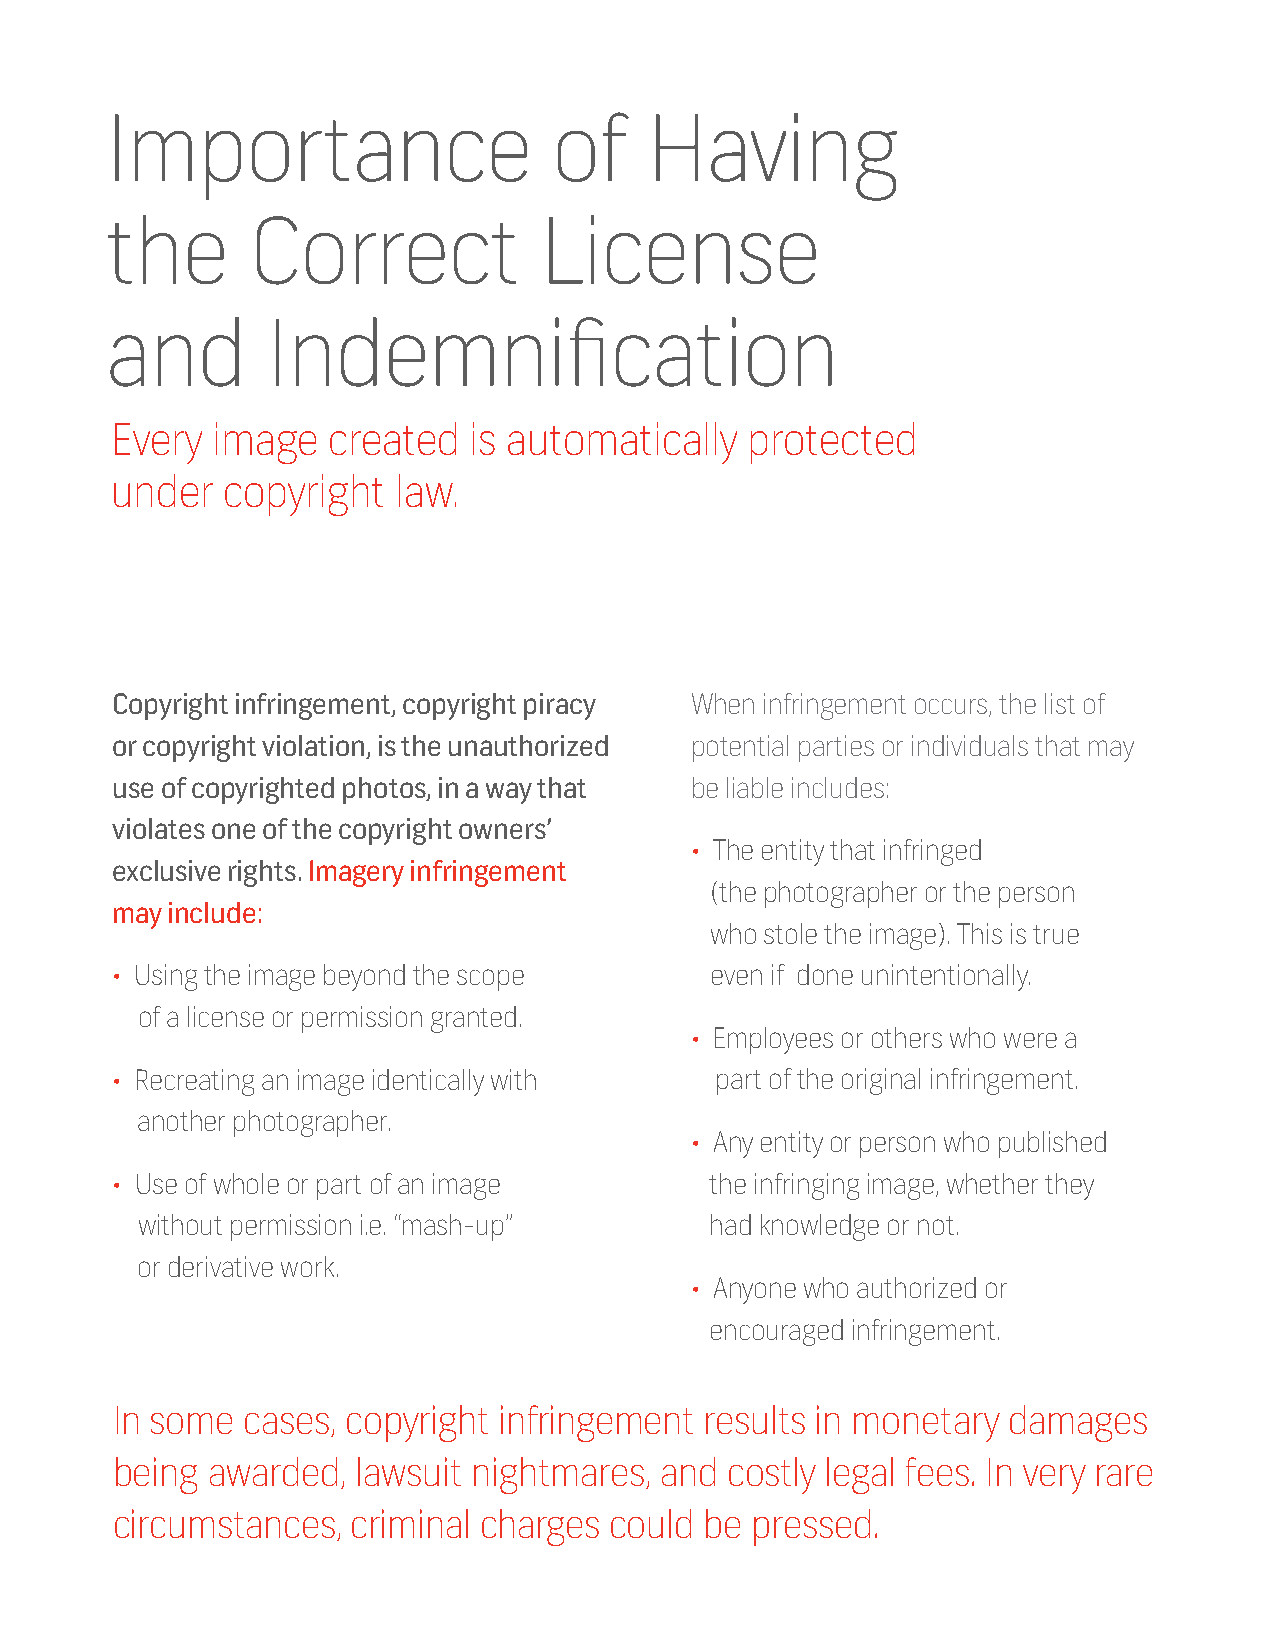
Importance                    of    Having
 the      Correct             License
 and        Indemnification
 Every  image   created  is automatically   protected
 under   copyright  law.
 Copyright infringement, copyright piracy When infringement occurs, the list of
 or copyright violation, is the unauthorized potential parties or individuals that may
 use of copyrighted photos, in a way that be liable includes:
 violates one of the copyright owners’
 • The entity that infringed
 exclusive rights. Imagery infringement
 (the photographer or the person
 may include:
 who stole the image). This is true
 • Using the image beyond the scope      even if done unintentionally.
 of a license or permission granted.
 • Employees or others who were a
 • Recreating an image identically with  part of the original infringement.
 another photographer.
 • Any entity or person who published
 • Use of whole or part of an image      the infringing image, whether they
 without permission i.e. “mash-up”     had knowledge or not.
 or derivative work.
 • Anyone who authorized or
 encouraged infringement.
 In some  cases, copyright infringement  results in monetary damages
 being  awarded,  lawsuit nightmares, and costly legal fees. In very rare
 circumstances,  criminal charges could  be pressed.